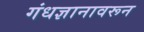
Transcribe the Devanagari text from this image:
गंधज्ञानावरून